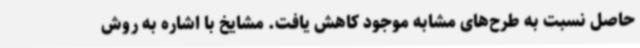
حاصل نسبت به طرح‌های مشابه موجود کاهش یافت. مشایخ با اشاره به روش